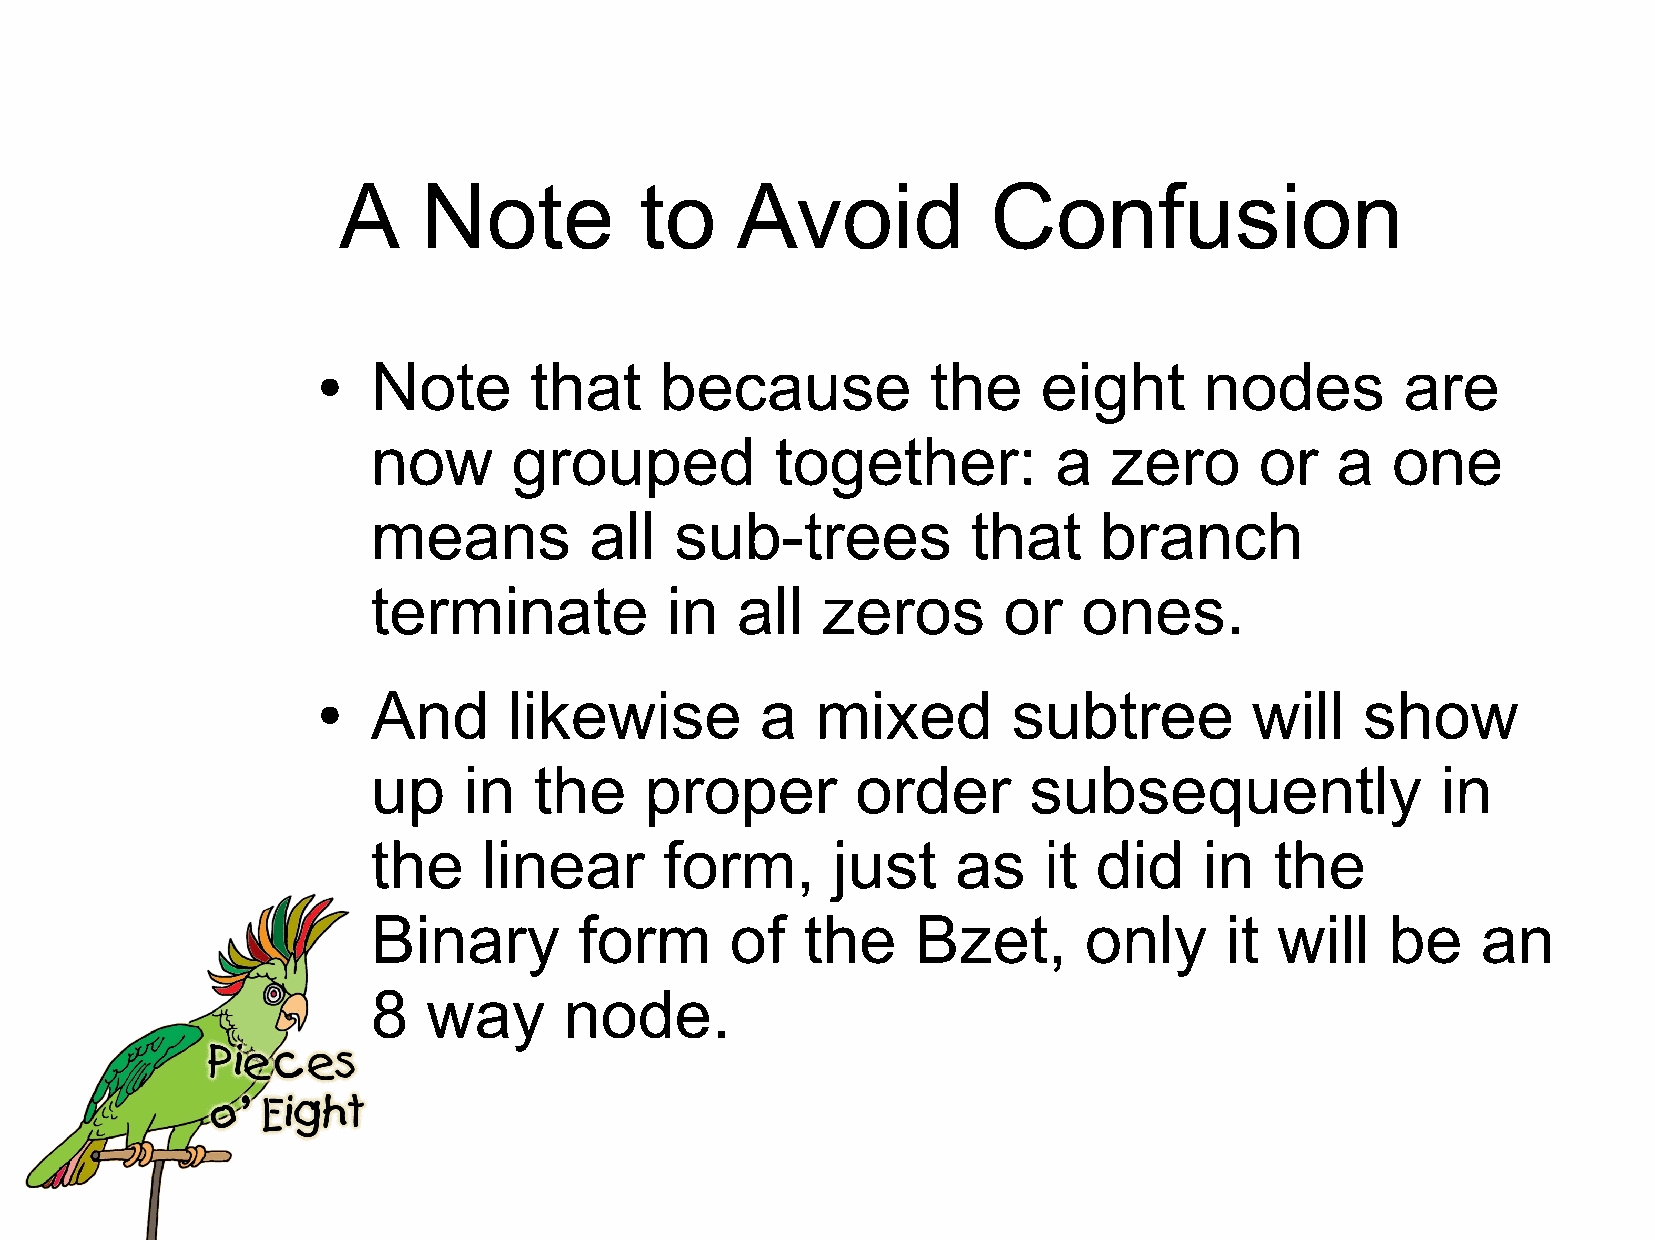
A     Note          to     Avoid            Confusion
 Note      that     because           the    eight      nodes        are
 ●
 now      grouped          together:          a   zero     or   a   one
 means         all   sub-trees          that     branch
 terminate          in   all  zeros       or    ones.
 And      likewise        a   mixed        subtree         will   show
 ●
 up    in  the     proper        order      subsequently               in
 the    linear      form,      just    as    it  did    in  the
 Binary       form      of   the     Bzet,      only     it  will   be    an
 8  way      node.